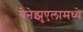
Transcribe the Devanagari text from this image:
वेनेझुएलामध्ये